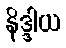
နိဒ္ဒါယ